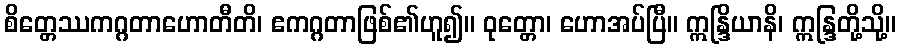
စိတ္တေဿကဂ္ဂတာဟောတီတိ၊ ဧကဂ္ဂတာဖြစ်၏ဟူ၍။ ဝုတ္တော၊ ဟောအပ်ပြီ။ ဣန္ဒြိယာနိ၊ ဣန္ဒြတို့သို့။